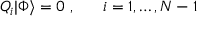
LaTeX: Q _ { i } | \Phi \rangle = 0 \ , \ \ \quad i = 1 , \ldots , N - 1